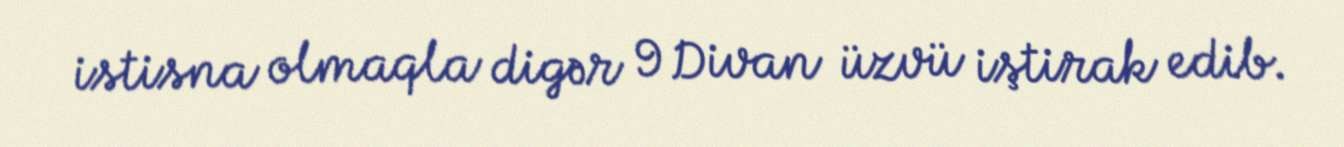
istisna olmaqla digər 9 Divan üzvü iştirak edib.